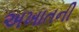
અખાતની